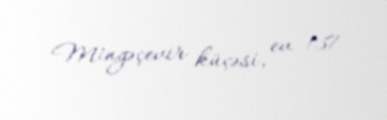
Mingəçevir küçəsi, ev 137